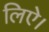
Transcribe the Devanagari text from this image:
लिऐ।